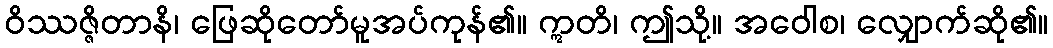
ဝိဿဇ္ဇိတာနိ၊ ဖြေဆိုတော်မူအပ်ကုန်၏။ ဣတိ၊ ဤသို့။ အဝေါစ၊ လျှောက်ဆို၏။